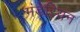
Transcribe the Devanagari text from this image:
मंडेरियन